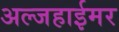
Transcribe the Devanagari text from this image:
अल्जहाईमर